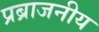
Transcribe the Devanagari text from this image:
प्रब्राजनीय